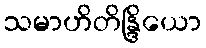
သမာဟိတိန္ဒြိယော